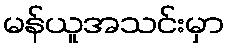
မန်ယူအသင်းမှာ